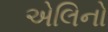
એલિનો